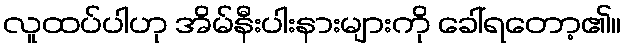
လူထပ်ပါဟု အိမ်နီးပါးနားများကို ခေါ်ရတော့၏။